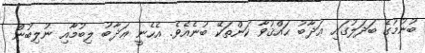
ބުނުމުގެ ބަދަލުގައި ޢަޛާބު ޙައްޤުވާ ކަންތަކޭ ބުނެއެވެ. އެހެނީ ޢަޛާބު ލިބުމާއި ނުލިބުން